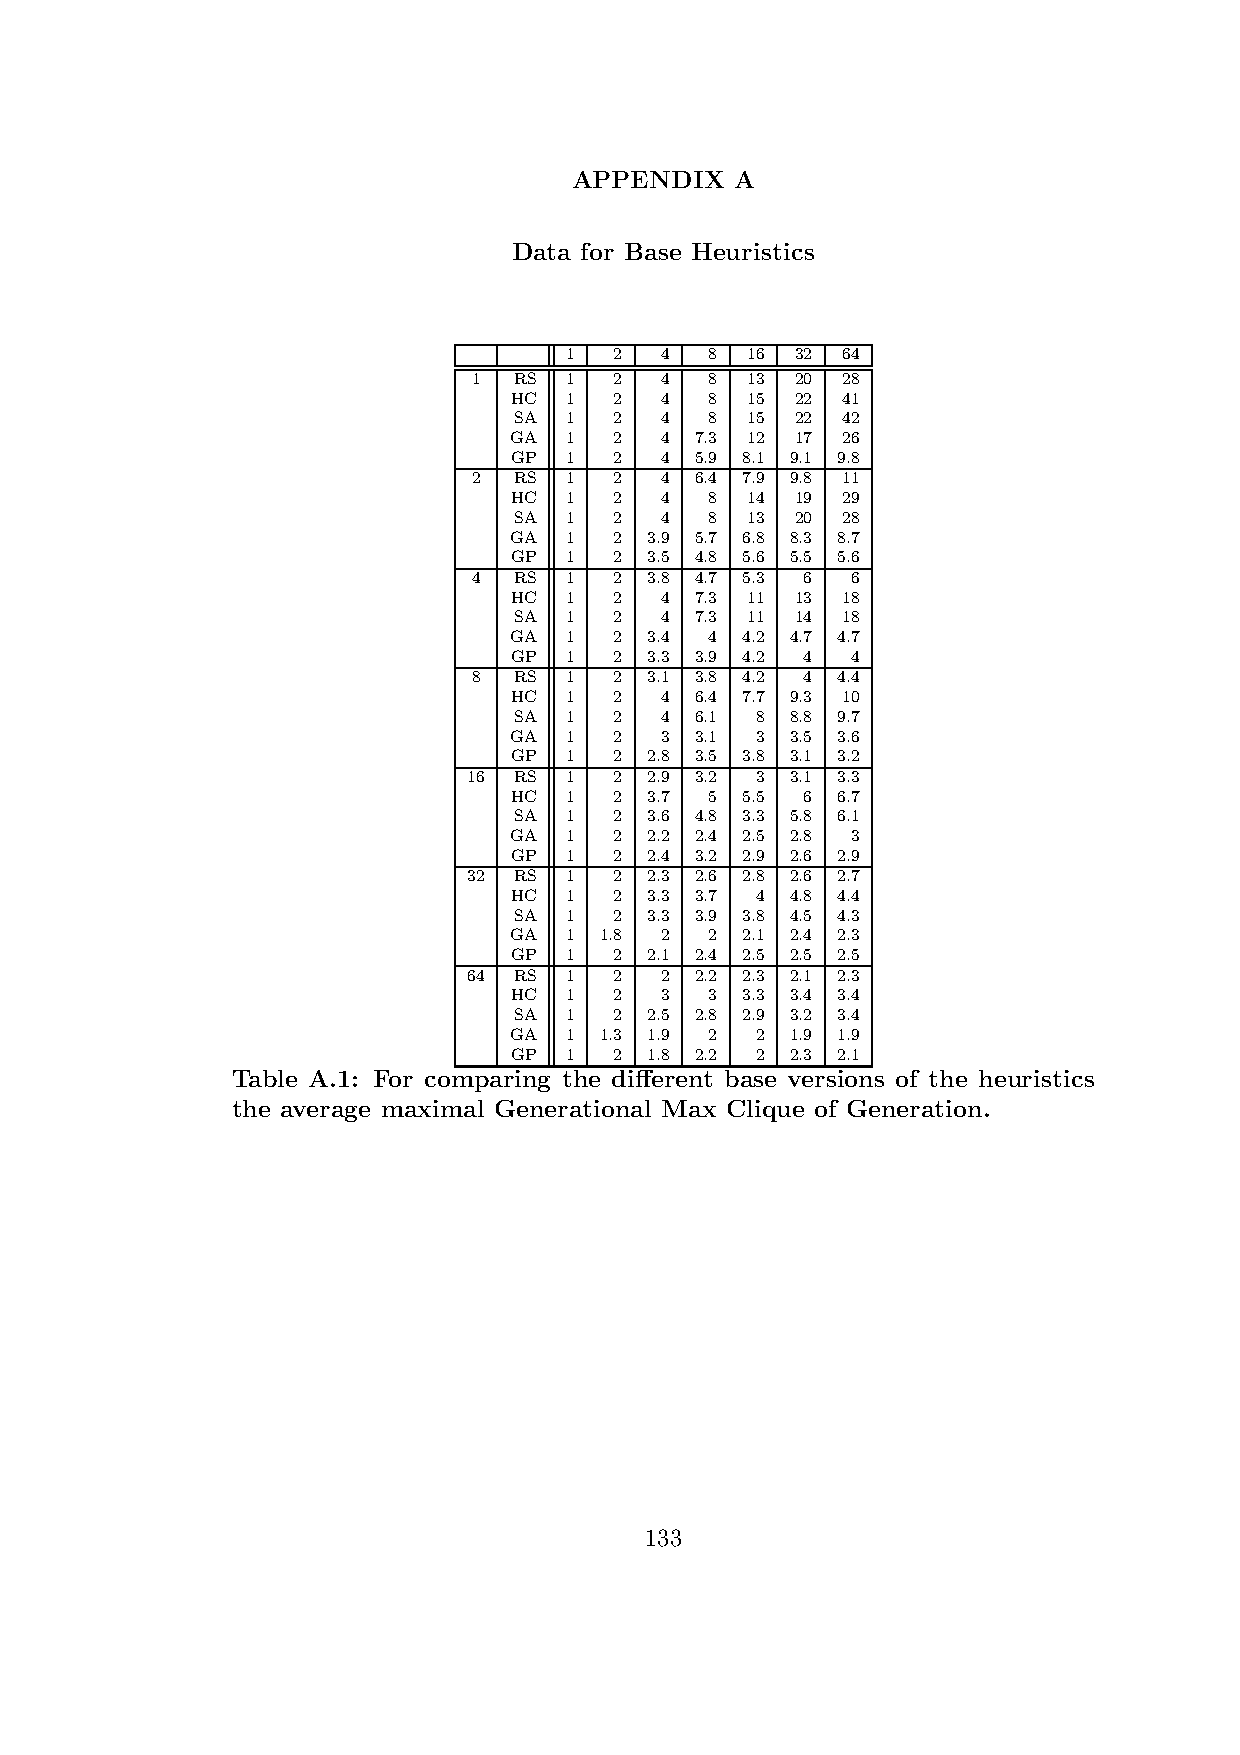
APPENDIX   A
 Data for Base Heuristics
 1   2  4  8 16  32 64
 1  RS 1   2  4  8 13  20 28
 HC 1   2  4  8 15  22 41
 SA 1   2  4  8 15  22 42
 GA 1   2  4 7.3 12 17 26
 GP 1   2  4 5.9 8.1 9.1 9.8
 2  RS 1   2  4 6.4 7.9 9.8 11
 HC 1   2  4  8 14  19 29
 SA 1   2  4  8 13  20 28
 GA 1   2 3.9 5.7 6.8 8.3 8.7
 GP 1   2 3.5 4.8 5.6 5.5 5.6
 4  RS 1   2 3.8 4.7 5.3 6 6
 HC 1   2  4 7.3 11 13 18
 SA 1   2  4 7.3 11 14 18
 GA 1   2 3.4 4 4.2 4.7 4.7
 GP 1   2 3.3 3.9 4.2 4 4
 8  RS 1   2 3.1 3.8 4.2 4 4.4
 HC 1   2  4 6.4 7.7 9.3 10
 SA 1   2  4 6.1 8 8.8 9.7
 GA 1   2  3 3.1 3 3.5 3.6
 GP 1   2 2.8 3.5 3.8 3.1 3.2
 16 RS 1   2 2.9 3.2 3 3.1 3.3
 HC 1   2 3.7 5 5.5 6 6.7
 SA 1   2 3.6 4.8 3.3 5.8 6.1
 GA 1   2 2.2 2.4 2.5 2.8 3
 GP 1   2 2.4 3.2 2.9 2.6 2.9
 32 RS 1   2 2.3 2.6 2.8 2.6 2.7
 HC 1   2 3.3 3.7 4 4.8 4.4
 SA 1   2 3.3 3.9 3.8 4.5 4.3
 GA 1  1.8 2  2 2.1 2.4 2.3
 GP 1   2 2.1 2.4 2.5 2.5 2.5
 64 RS 1   2  2 2.2 2.3 2.1 2.3
 HC 1   2  3  3 3.3 3.4 3.4
 SA 1   2 2.5 2.8 2.9 3.2 3.4
 GA 1  1.3 1.9 2 2 1.9 1.9
 GP 1   2 1.8 2.2 2 2.3 2.1
 Table A.1: For comparing the different base versions of the heuristics
 the average maximal Generational Max Clique of Generation.
 133